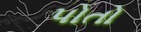
પોતો